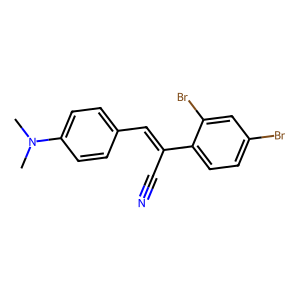
SMILES: CN(C)c1ccc(C=C(C#N)c2ccc(Br)cc2Br)cc1
Inhibits HIV replication: No